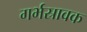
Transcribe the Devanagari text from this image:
गर्भस्रावक